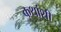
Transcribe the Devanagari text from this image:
कथांशी